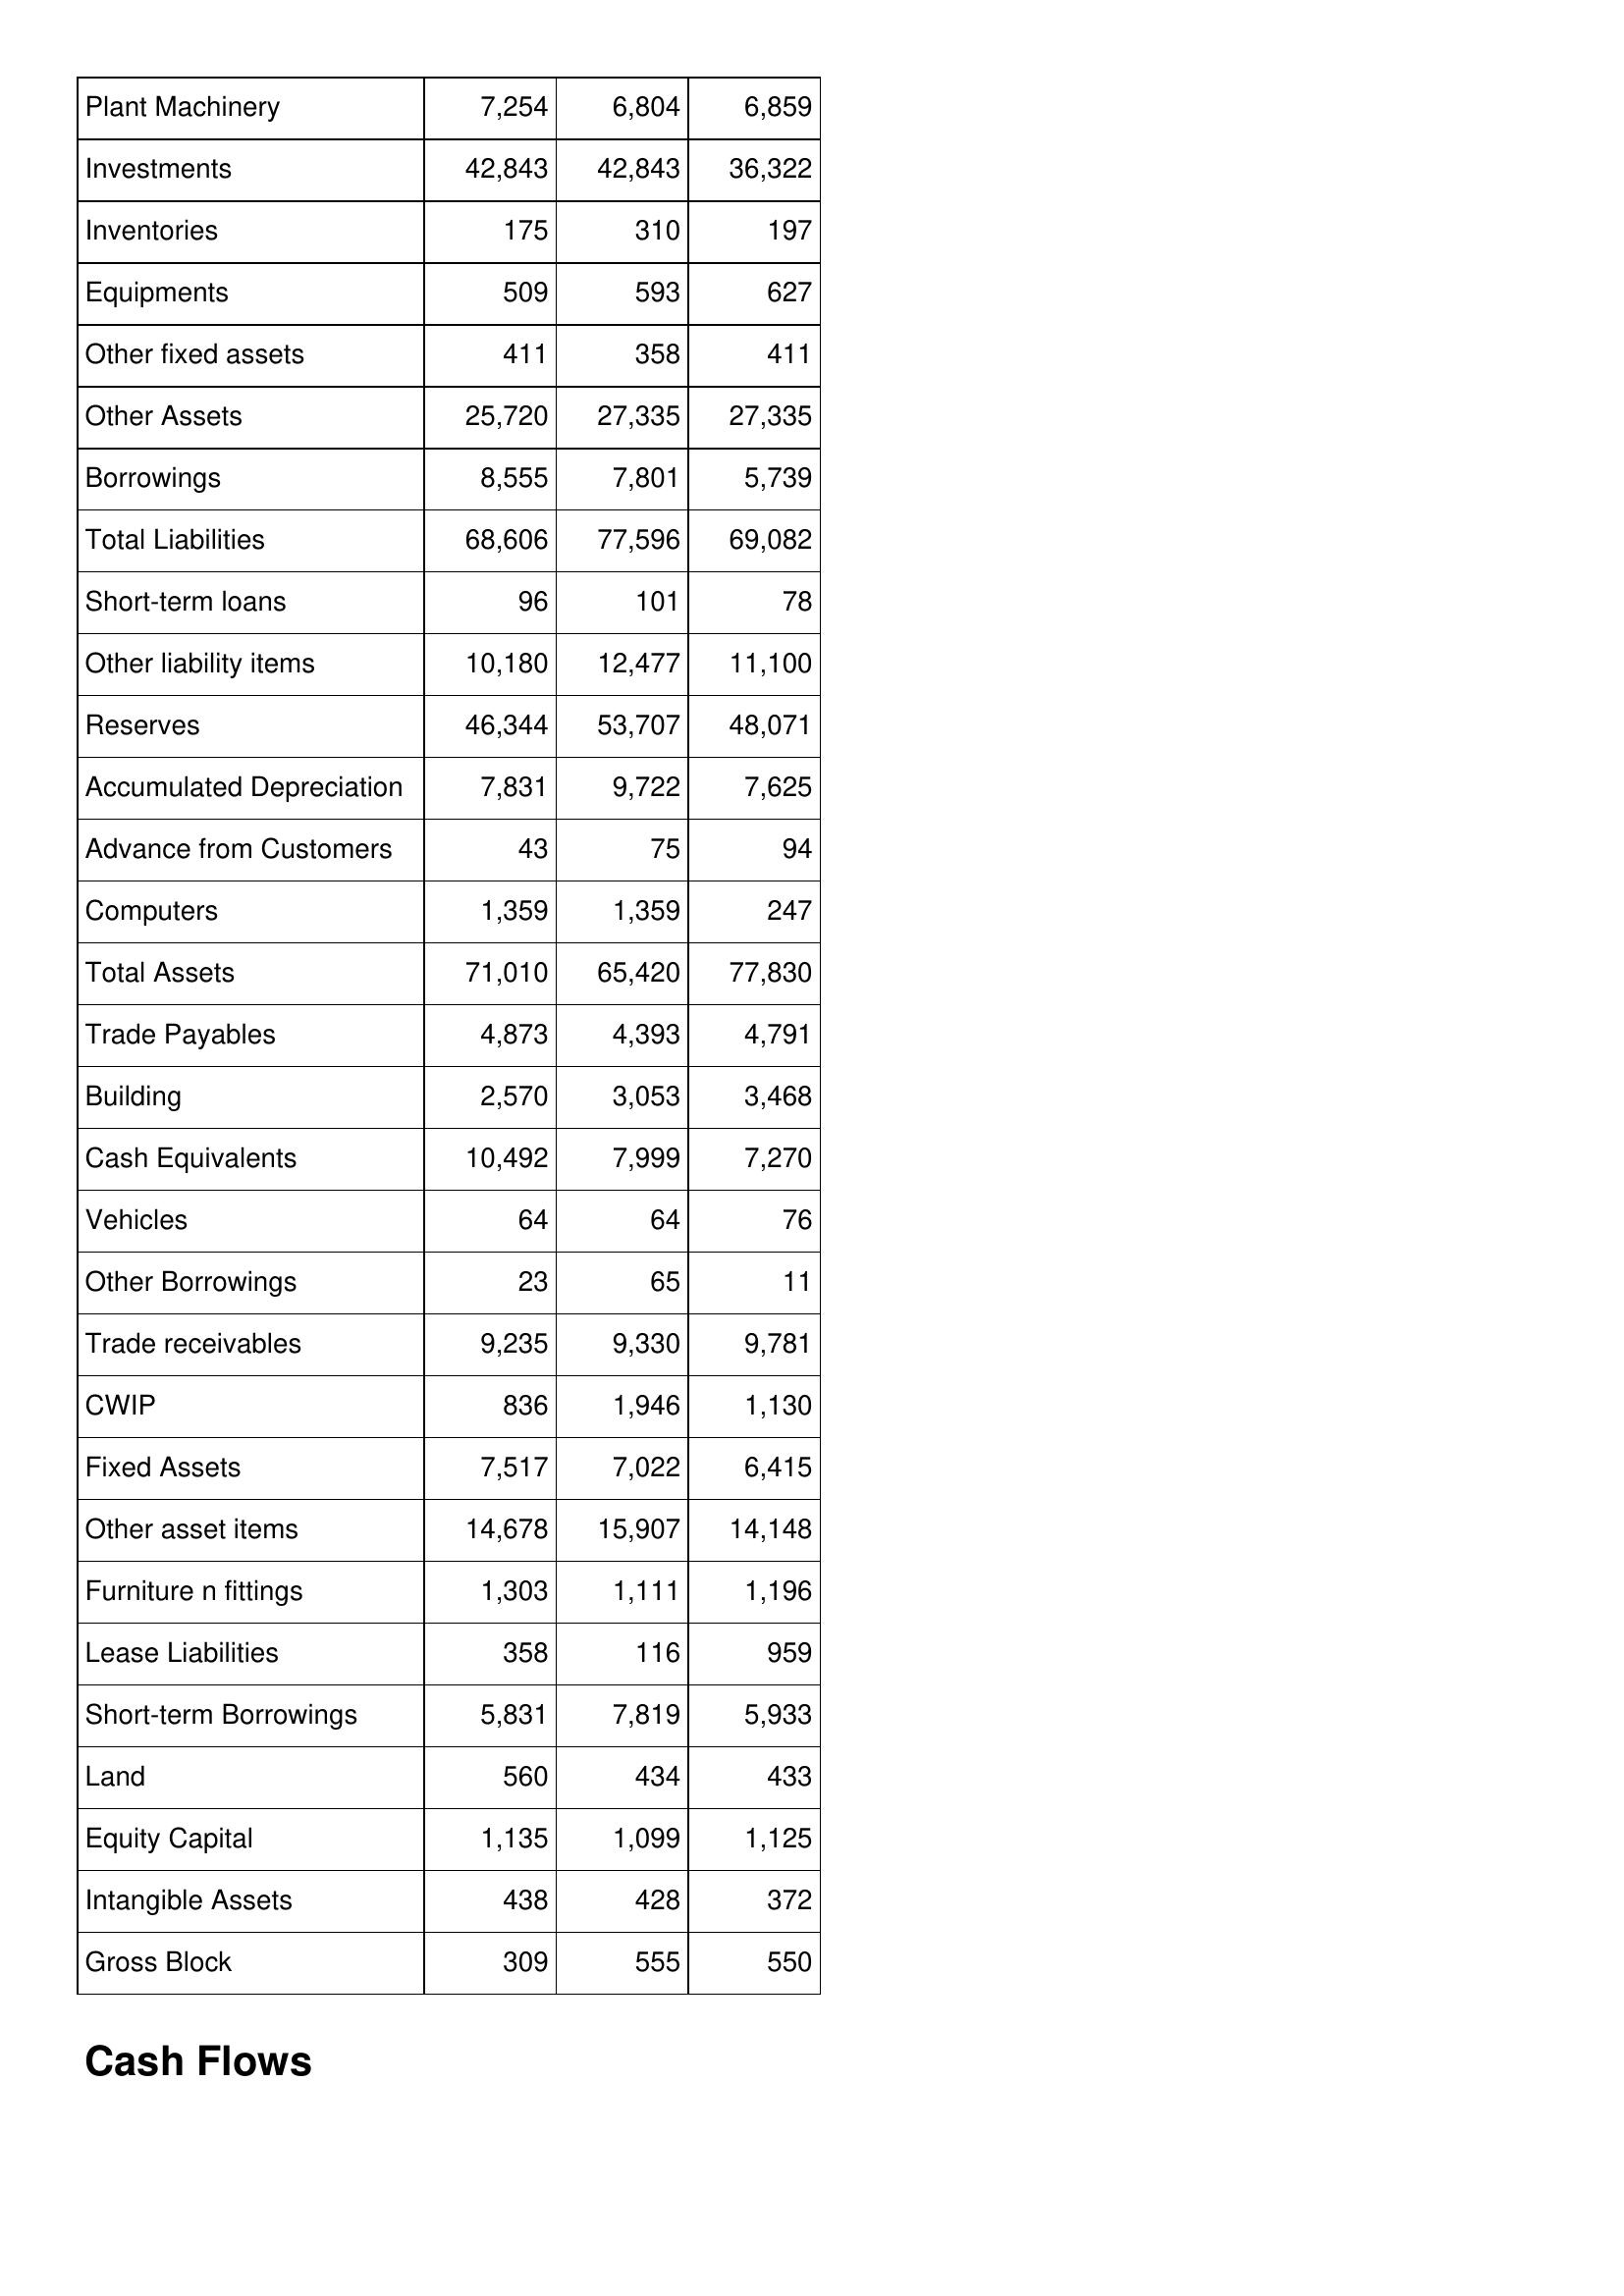
Apr-07: Balance Sheet: Plant Machinery: 7,254
Investments: 42,843
Inventories: 175
Equipments: 509
Other fixed assets: 411
Other Assets: 25,720
Borrowings: 8,555
Total Liabilities: 68,606
Short-term loans: 96
Other liability items: 10,180
Reserves: 46,344
Accumulated Depreciation: 7,831
Advance from Customers: 43
Computers: 1,359
Total Assets: 71,010
Trade Payables: 4,873
Building: 2,570
Cash Equivalents: 10,492
Vehicles: 64
Other Borrowings: 23
Trade receivables: 9,235
CWIP: 836
Fixed Assets: 7,517
Other asset items: 14,678
Furniture n fittings: 1,303
Lease Liabilities: 358
Short-term Borrowings: 5,831
Land: 560
Equity Capital: 1,135
Intangible Assets: 438
Gross Block: 309
Apr-06: Balance Sheet: Plant Machinery: 6,804
Investments: 42,843
Inventories: 310
Equipments: 593
Other fixed assets: 358
Other Assets: 27,335
Borrowings: 7,801
Total Liabilities: 77,596
Short-term loans: 101
Other liability items: 12,477
Reserves: 53,707
Accumulated Depreciation: 9,722
Advance from Customers: 75
Computers: 1,359
Total Assets: 65,420
Trade Payables: 4,393
Building: 3,053
Cash Equivalents: 7,999
Vehicles: 64
Other Borrowings: 65
Trade receivables: 9,330
CWIP: 1,946
Fixed Assets: 7,022
Other asset items: 15,907
Furniture n fittings: 1,111
Lease Liabilities: 116
Short-term Borrowings: 7,819
Land: 434
Equity Capital: 1,099
Intangible Assets: 428
Gross Block: 555
Apr-05: Balance Sheet: Plant Machinery: 6,859
Investments: 36,322
Inventories: 197
Equipments: 627
Other fixed assets: 411
Other Assets: 27,335
Borrowings: 5,739
Total Liabilities: 69,082
Short-term loans: 78
Other liability items: 11,100
Reserves: 48,071
Accumulated Depreciation: 7,625
Advance from Customers: 94
Computers: 247
Total Assets: 77,830
Trade Payables: 4,791
Building: 3,468
Cash Equivalents: 7,270
Vehicles: 76
Other Borrowings: 11
Trade receivables: 9,781
CWIP: 1,130
Fixed Assets: 6,415
Other asset items: 14,148
Furniture n fittings: 1,196
Lease Liabilities: 959
Short-term Borrowings: 5,933
Land: 433
Equity Capital: 1,125
Intangible Assets: 372
Gross Block: 550